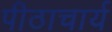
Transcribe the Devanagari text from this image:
पीठाचार्य